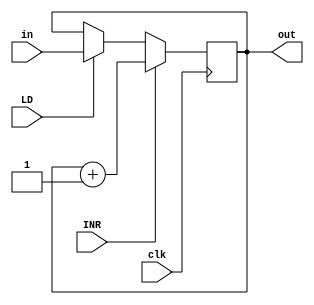
module AR_Reg(
    input INR,LD,clk/*,CLR*/
    ,input[3:0] in
    ,output reg [3:0] out
) ;
initial begin
    out=8'h0;
end


    always @(posedge clk ) begin
        // if(CLR) out<=4'b0;
         if(LD)  out <=in;
         if(INR)  out<=out+1;
    end


endmodule